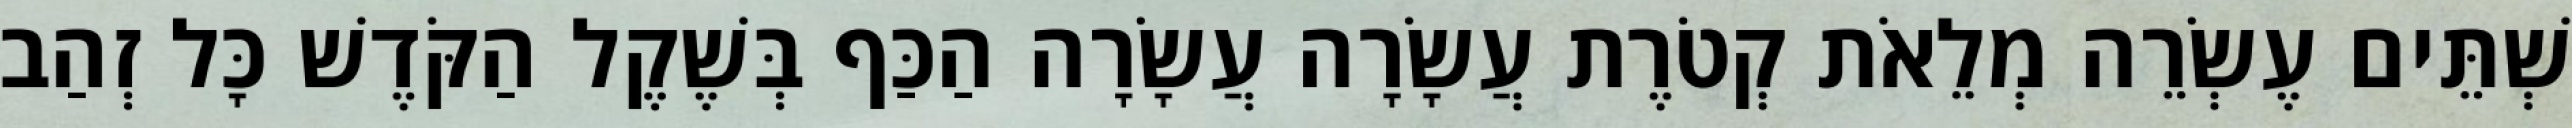
שְׁתֵּים עֶשְׂרֵה מְלֵאֹת קְטֹרֶת עֲשָׂרָה עֲשָׂרָה הַכַּף בְּשֶׁקֶל הַקֹּדֶשׁ כָּל זְהַב